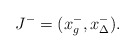
\begin{align*}J^-=(x_g^-,x_\Delta^-).\end{align*}